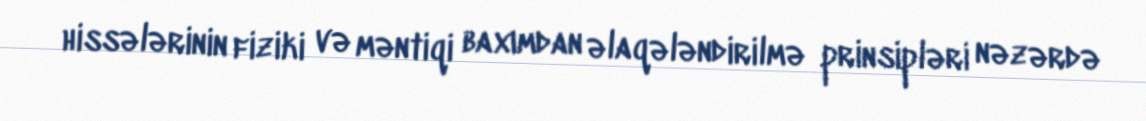
hissələrinin fiziki və məntiqi baxımdan əlaqələndirilmə prinsipləri nəzərdə